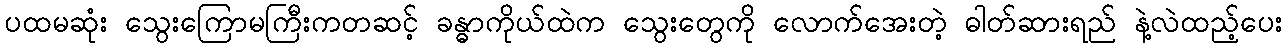
ပထမဆုံး သွေးကြောမကြီးကတဆင့် ခန္ဓာကိုယ်ထဲက သွေးတွေကို လောက်အေးတဲ့ ဓါတ်ဆားရည် နဲ့လဲထည့်ပေး